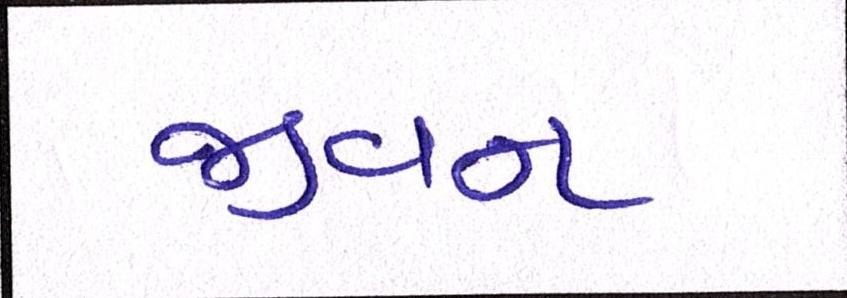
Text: જીવન